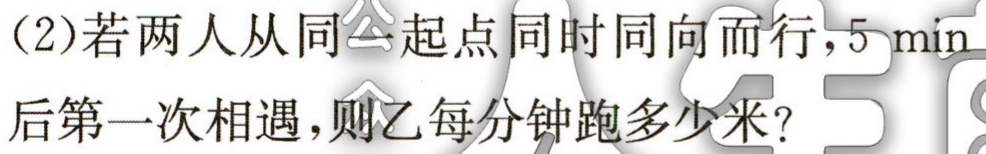
(2)若两人从同 起点同时同向而行，$5\mathrm{min}$后第一次相遇，则乙每分钟跑多少米？